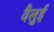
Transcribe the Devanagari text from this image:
वैलुई